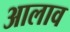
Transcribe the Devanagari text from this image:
आलाव